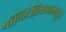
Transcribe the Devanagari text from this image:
पॉलिटेक्निककमधून